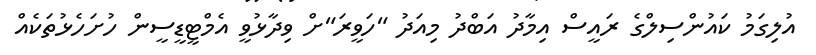
އުލިގަމު ކައުންސިލްގެ ރައީސް އިމާދު އަބްދު މިއަދު "ހަވީރަ"ށް ވިދާޅުވީ އެމްޓީޑީސީން ހުށަހެޅުތަކެއް